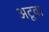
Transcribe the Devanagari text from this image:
अटूवा